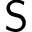
{ \mathsf S }